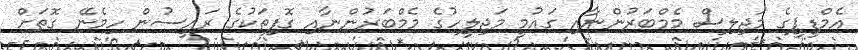
އެމްޑީޕީގެ މަޖިލިސް މެމްބަރުންނާއި ގައުމީ މަޖިލީހުގެ މެމްބަރުންނާއި ގޮފިތަކުގެ ރައީސުން ހިމެނޭ ގޮތަށް